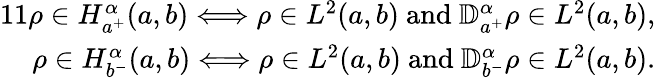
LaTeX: \begin{array}{r}{{11}\rho\in{H_{a^{+}}^{\alpha}(a,b)}\Longleftrightarrow\rho\in L^{2}(a,b)\mathrm{~and~}{\mathbb D}_{a^{+}}^{\alpha}\rho\in L^{2}(a,b),}\\ {\rho\in{H_{b^{-}}^{\alpha}(a,b)}\Longleftrightarrow\rho\in L^{2}(a,b)\mathrm{~and~}{\mathbb D}_{b^{-}}^{\alpha}\rho\in L^{2}(a,b).}\end{array}